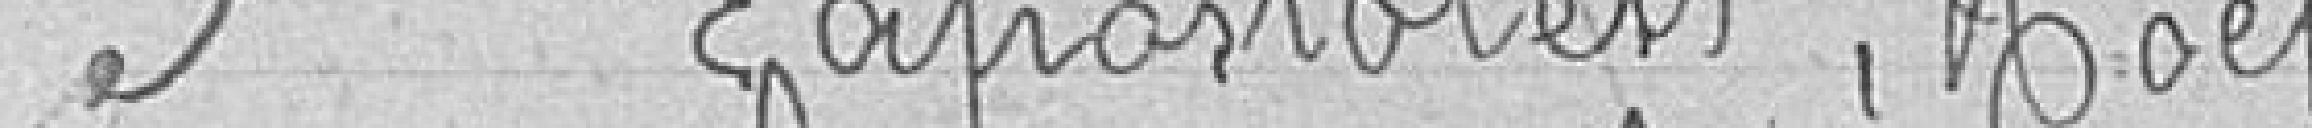
3 Lapostolest, Noel